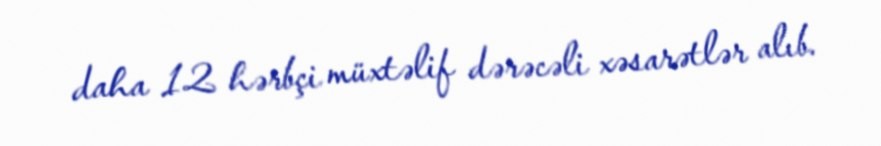
daha 12 hərbçi müxtəlif dərəcəli xəsarətlər alıb.